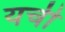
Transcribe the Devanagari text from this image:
यची